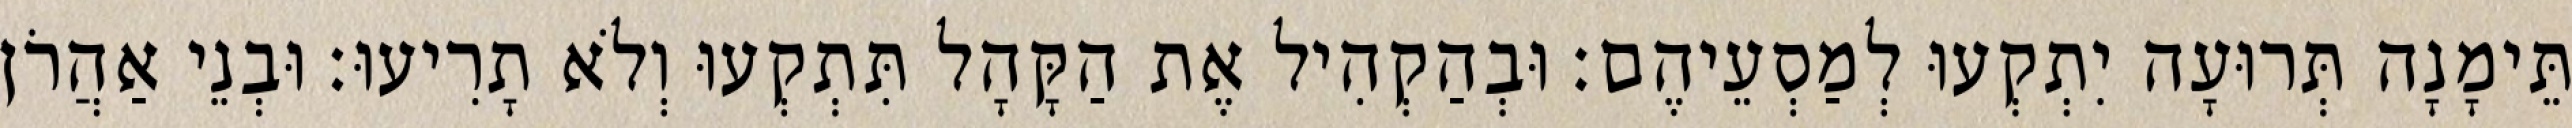
תֵּימָנָה תְּרוּעָה יִתְקְעוּ לְמַסְעֵיהֶם׃ וּבְהַקְהִיל אֶת הַקָּהָל תִּתְקְעוּ וְלֹא תָרִיעוּ׃ וּבְנֵי אַהֲרֹן